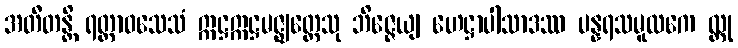
အတီတန္တိ ရတ္တာဝသေသံ ဣဋ္ဌဣဋ္ဌမဇ္ဈတ္တေသု ဘိဇ္ဇေယျ ဟေဋ္ဌာပါသာဒဿ ပန္နရသမူလကေ လ္တု